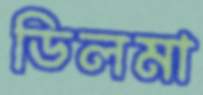
ডিলমা